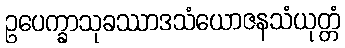
ဥပေက္ခာသုခဿာဒသံယောဇနသံယုတ္တံ